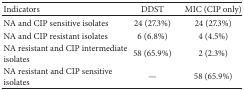
| Indicators | DDST | MIC (CIP only) |
 | --- | --- | --- |
 | NA and CIP sensitive isolates | 24 (27.3%) | 24 (27.3%) |
 | NA and CIP resistant isolates | 6 (6.8%) | 4 (4.5%) |
 | NA resistant and CIP intermediate isolates | 58 (65.9%) | 2 (2.3%) |
 | NA resistant and CIP sensitive isolates | — | 58 (65.9%) |